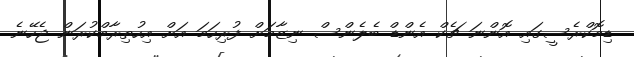
ޑިމޮކްރެސީގައި އޮންނަ ޗެކް އެންޑް ބެލެންސް ނިޒާމަށް ފުރިހަމަ އަށް އިހުތިރާމްކުރަން ޖެހޭނެ